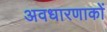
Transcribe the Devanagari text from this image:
अवधारणाकों